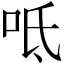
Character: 呧